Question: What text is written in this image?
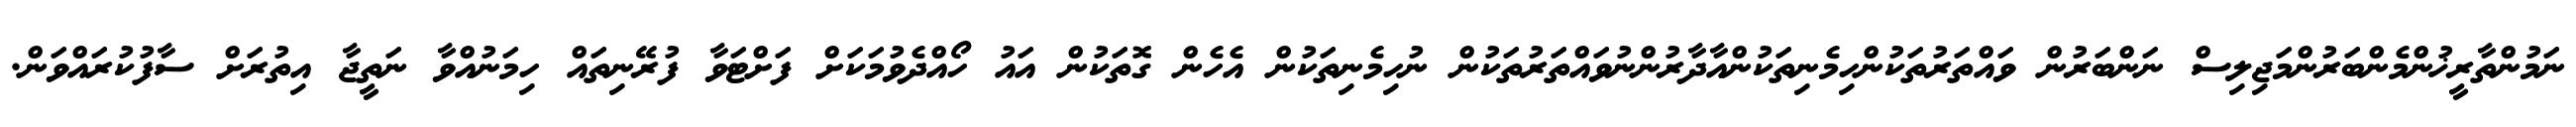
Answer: ނަމުންތާރީޚުންމެންބަރުންމަޖިލިސް ނަންބަރުން ވައްތަރުތަކުންހިމެނިތަކުންއާދާރުންނުވައްތަރުތަކުން ނުހިމެނިތަކުން އެހެން ގޮތަކުން އައު ހޯއްދެވުމަކަށް ފަށްޓަވާ ފުރޭނިތައް ހިމަނުއްވާ ނަތީޖާ އިތުރަށް ސާފުކުރައްވަން.